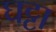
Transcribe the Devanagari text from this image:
घट्टा